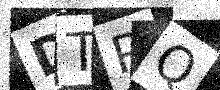
Text: DTPQ